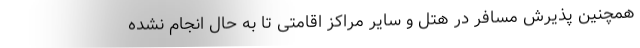
همچنین پذیرش مسافر در هتل و سایر مراکز اقامتی تا به حال انجام نشده